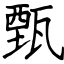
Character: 甄